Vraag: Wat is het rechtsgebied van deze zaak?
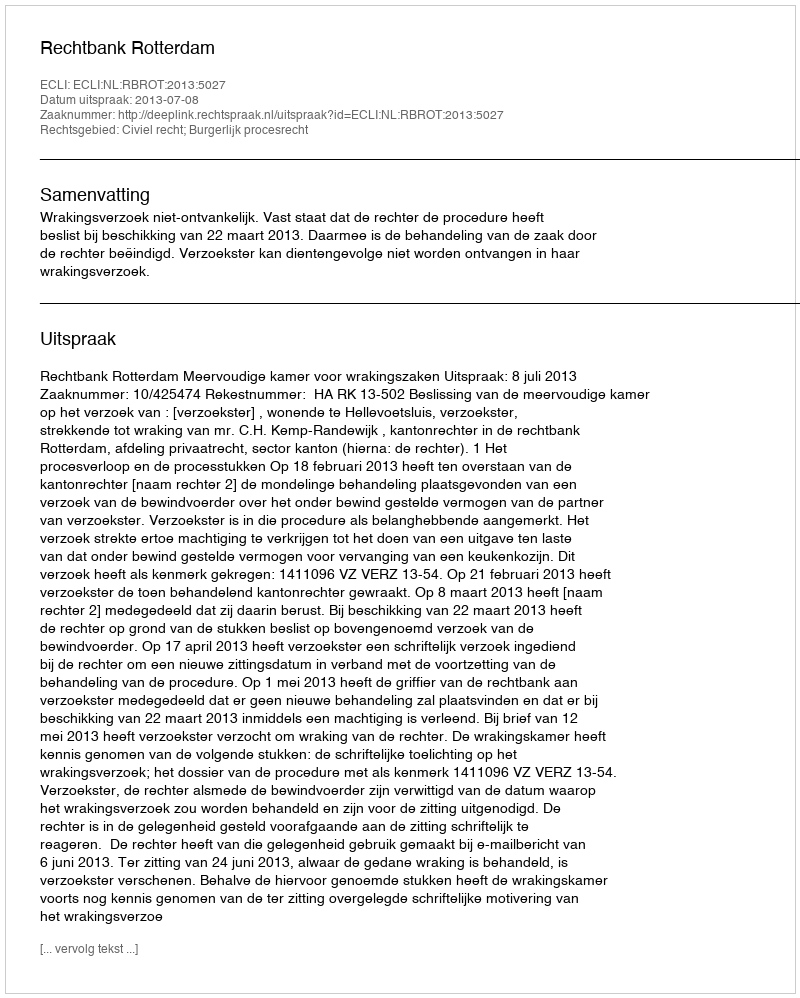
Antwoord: Civiel recht; Burgerlijk procesrecht